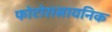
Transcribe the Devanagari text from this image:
फोटोरासायनिक